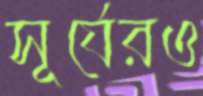
সূর্যেরও